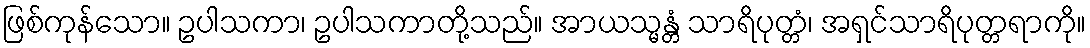
ဖြစ်ကုန်သော။ ဥပါသကာ၊ ဥပါသကာတို့သည်။ အာယသ္မန္တံ သာရိပုတ္တံ၊ အရှင်သာရိပုတ္တရာကို။